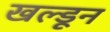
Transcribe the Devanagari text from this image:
खल्डून